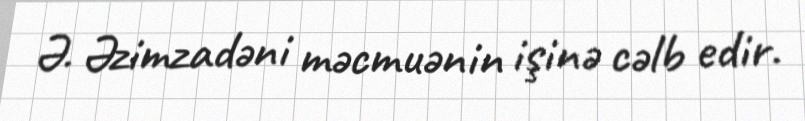
Ə. Əzimzadəni məcmuənin işinə cəlb edir.